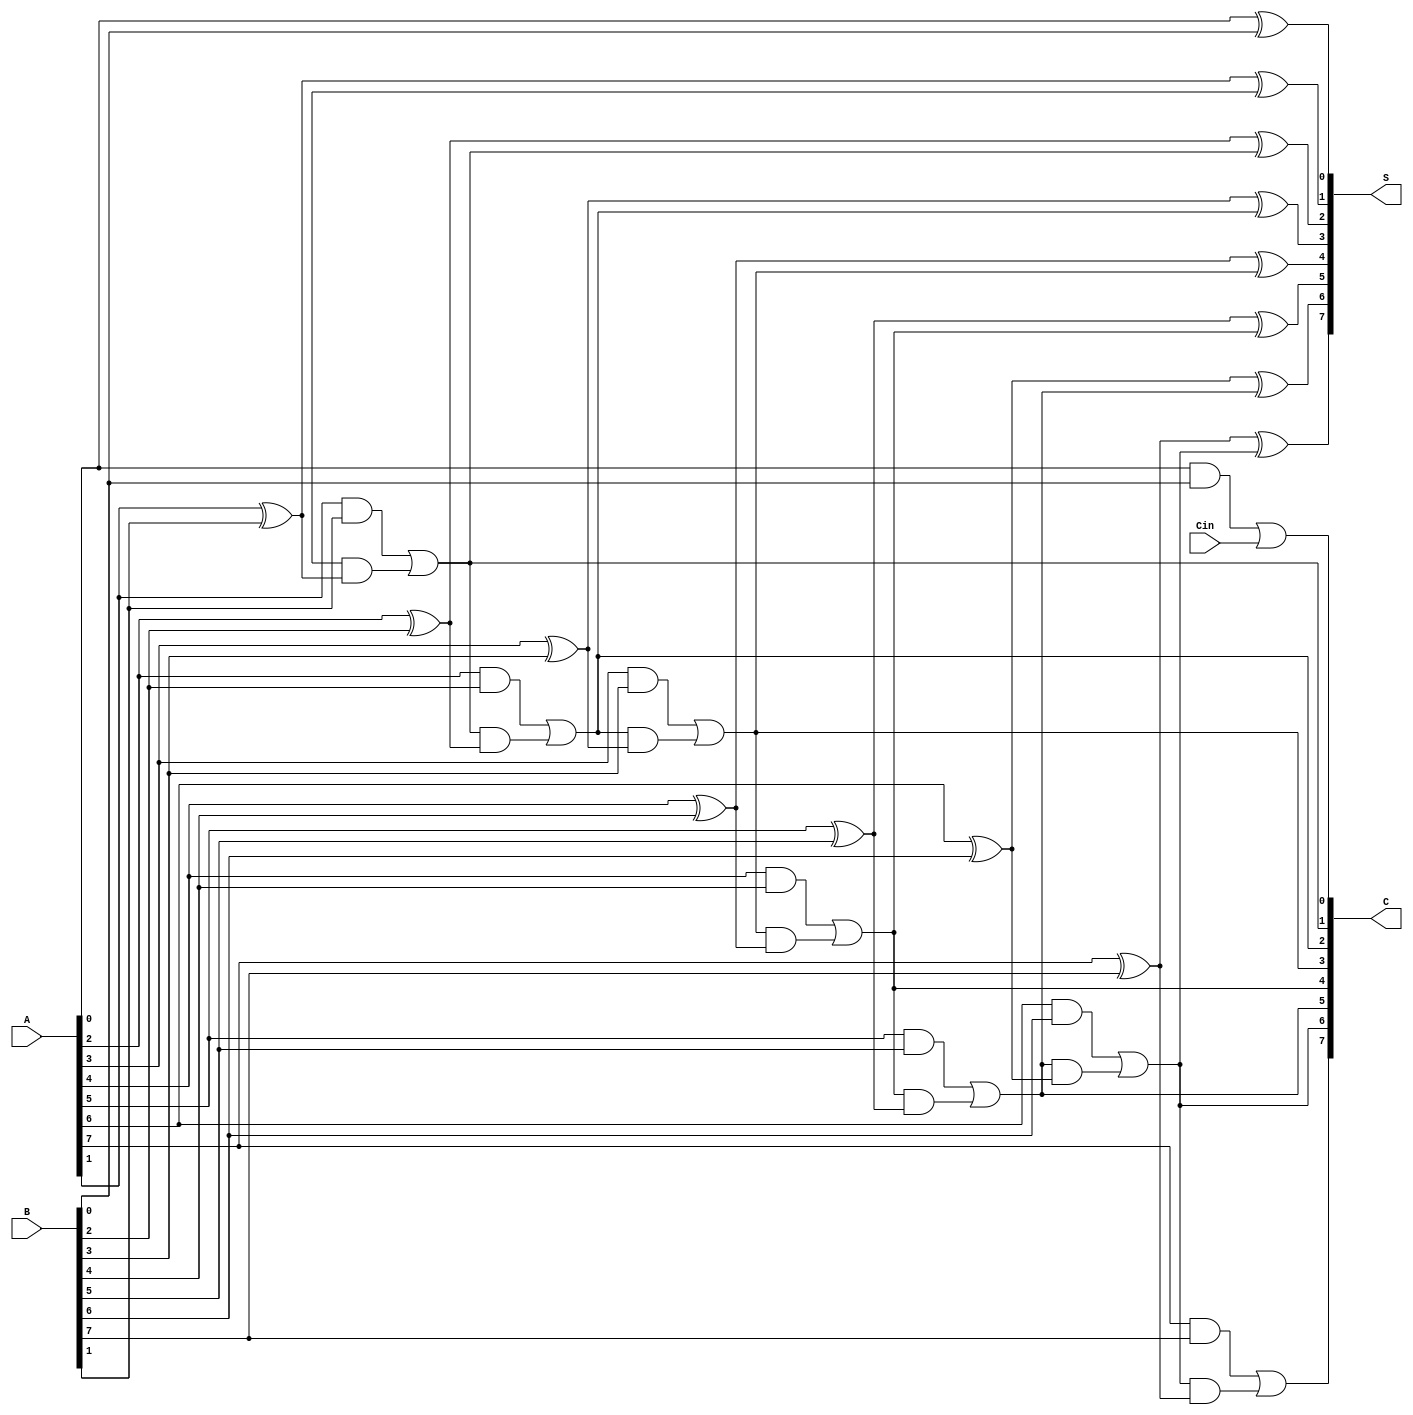
module CarrySaveAdder #(parameter N = 8) (
    input  [N-1:0] A,    // First n-bit input
    input  [N-1:0] B,    // Second n-bit input
    input         Cin,    // Carry-in
    output [N-1:0] S,     // Sum output
    output [N-1:0] C      // Carry output
);

    // Intermediate wires for half and full adders
    wire [N-1:0] HA_S; // Sum outputs from half adders
    wire [N-1:0] HA_C; // Carry outputs from half adders
    wire [N-1:0] FA_S; // Sum outputs from full adders
    wire [N-1:0] FA_C; // Carry outputs from full adders

    // Half Adder for the least significant bit
    assign HA_S[0] = A[0] ^ B[0]; // Sum for the first bit
    assign HA_C[0] = A[0] & B[0]; // Carry for the first bit

    // Full Adders for the remaining bits
    genvar i;
    generate
        for (i = 1; i < N; i = i + 1) begin : full_adders
            assign FA_S[i] = A[i] ^ B[i] ^ FA_C[i-1]; // Sum for the ith bit
            assign FA_C[i] = (A[i] & B[i]) | (FA_C[i-1] & (A[i] ^ B[i])); // Carry for the ith bit
        end
    endgenerate

    // Assign outputs
    assign S = {FA_S[N-1:1], HA_S[0]}; // Concatenate the sum outputs
    assign C = {FA_C[N-1:1], HA_C[0] | Cin}; // Concatenate the carry outputs

endmodule